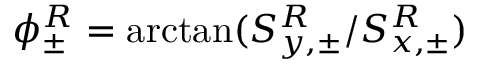
\phi _ { \pm } ^ { R } = \arctan ( S _ { y , \pm } ^ { R } / S _ { x , \pm } ^ { R } )